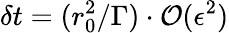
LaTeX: \delta t=(r_{0}^{2}/\Gamma)\cdot\mathcal{O}(\epsilon^{2})